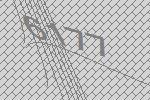
6177